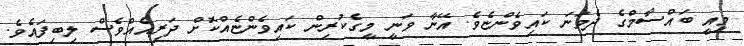
މިއީ ބައްސާމްގެ ދެވަނަ ކައިވެންޏެވެ. އޭނާ ވަނީ މީގެކުރިން ކައިވެންޏެއްކޮށް ދަރިއެއްވެސް ލިބިފައެވެ.